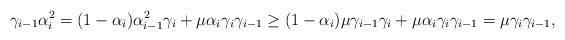
LaTeX: \begin{align*}\gamma_{i-1}\alpha_i^2=(1-\alpha_i)\alpha_{i-1}^2\gamma_i+\mu\alpha_i\gamma_i\gamma_{i-1}\geq(1-\alpha_i)\mu\gamma_{i-1}\gamma_i+\mu\alpha_i\gamma_i\gamma_{i-1}=\mu\gamma_i\gamma_{i-1},\end{align*}